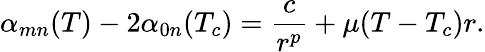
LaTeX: \alpha_{mn}(T)-2\alpha_{0n}(T_{c})=\frac{c}{r^{p}}+\mu(T-T_{c})r.